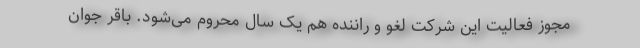
مجوز فعالیت این شرکت لغو و راننده هم یک سال محروم می‌شود. باقر جوان